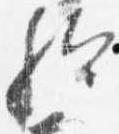
歟